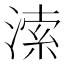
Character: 溹